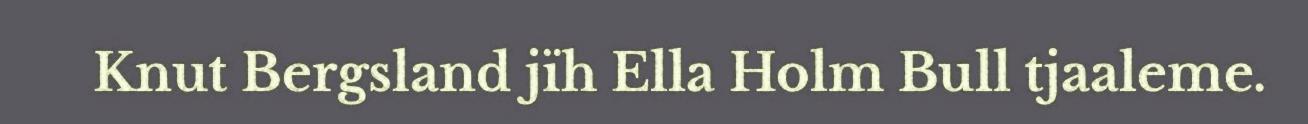
Knut Bergsland jïh Ella Holm Bull tjaaleme.